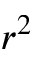
r ^ { 2 }